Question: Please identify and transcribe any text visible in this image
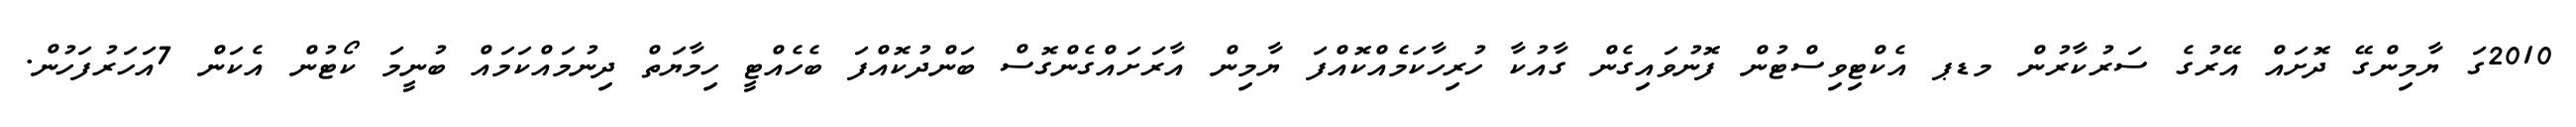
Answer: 2010ގަ ޔާމިންގޭ ދޮށައް އޭރުގެ ސަރުކާރުން މޑޕ އެކްޓިވިސްޓުން ފޮނުވައިގެން ގާއުކާ ހުރިހާކަމެއްކޮއްފަ ޔާމިން އާރަށައްގެންގޮސް ބަންދުކޮއްފަ ބެހެއްޓީ ހިމާޔަތް ދިނުމައްކަމައް ބުނީމަ ކޯޓުން އެކަން 7އަހަރުފަހުން.